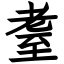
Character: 耋